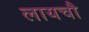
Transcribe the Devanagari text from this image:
लायचौ